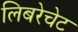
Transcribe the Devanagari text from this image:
लिबरेचेट